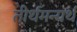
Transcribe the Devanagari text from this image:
तीर्थमन्यर्थं